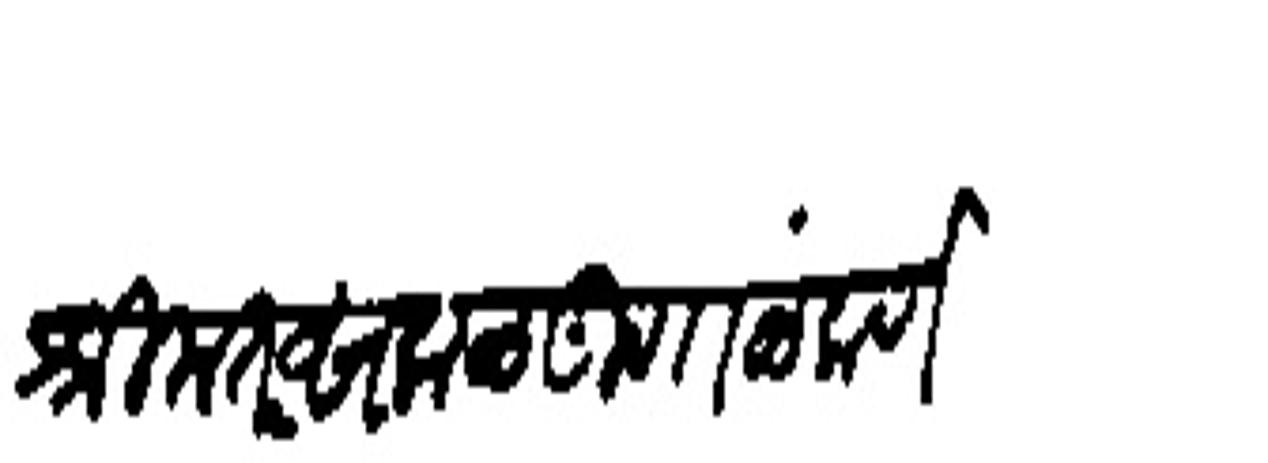
Transliteration (Devanagari): श्रीमंत सकळ गृणाळंकर्ण